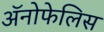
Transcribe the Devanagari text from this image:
अॅनोफेलिस